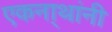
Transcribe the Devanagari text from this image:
एकना्थांनी